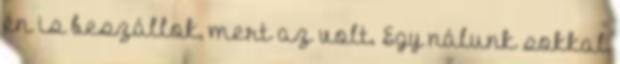
én is beszállok, mert az volt. Egy nálunk sokkal